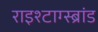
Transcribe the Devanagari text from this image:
राइश्टाग्स्ब्रांड